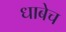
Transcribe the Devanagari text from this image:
धाबेच